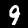
Digit: 9